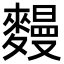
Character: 𪍩